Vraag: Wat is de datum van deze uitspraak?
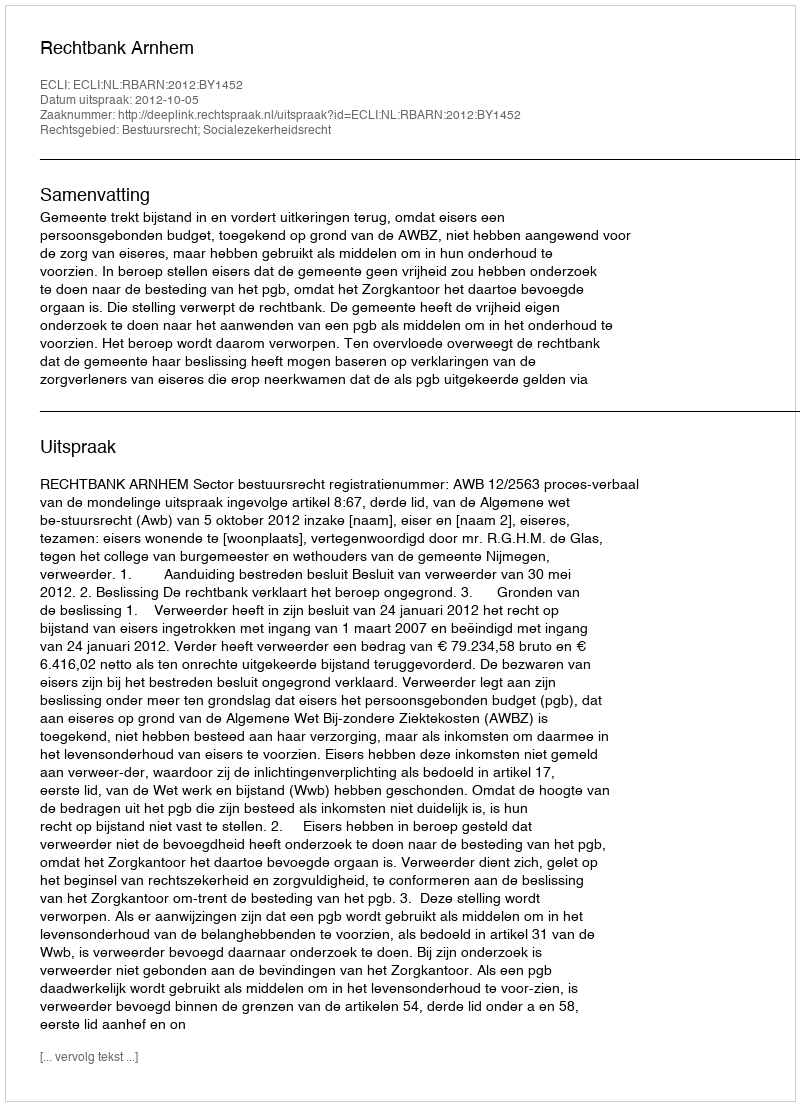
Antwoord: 2012-10-05